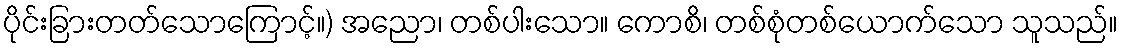
ပိုင်းခြားတတ်သောကြောင့်။) အညော၊ တစ်ပါးသော။ ကောစိ၊ တစ်စုံတစ်ယောက်သော သူသည်။